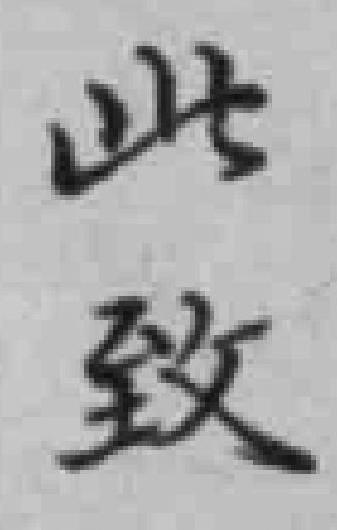
此致